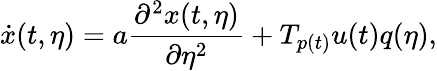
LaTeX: \dot{x}(t,\eta)=a\frac{\partial^{2}x(t,\eta)}{\partial\eta^{2}}+T_{p(t)}u(t)q(\eta),